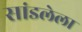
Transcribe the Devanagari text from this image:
सांडलेला